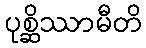
ပုစ္ဆိဿာမီတိ